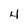
Character: 4